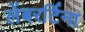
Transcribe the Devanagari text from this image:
लेंबरर्टिना